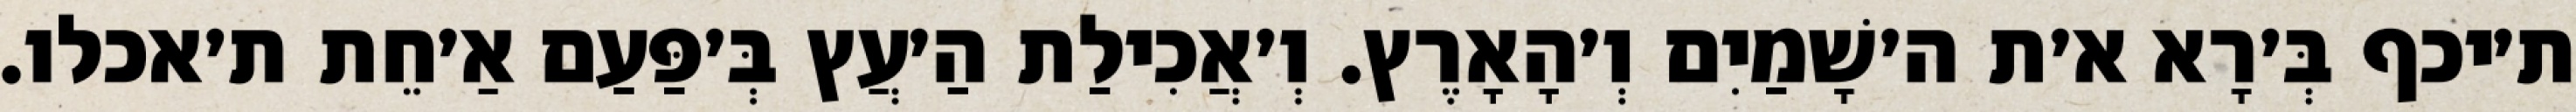
ת׳יכף בְּ׳רָא א׳ת ה׳שָׁמַיִם וְ׳הָאָרֶץ. וְ׳אֲכִילַת הַ׳עֲץ בְּ׳פַּעַם אַ׳חֵת ת׳אכלו.